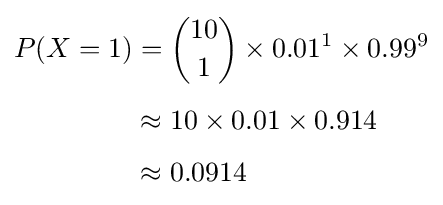
{\begin{aligned}P(X=1)&={\binom {10}{1}}\times 0.01^{1}\times 0.99^{9}\\[4pt]&\approx 10\times 0.01\times 0.914\\[4pt]&\approx 0.0914\end{aligned}}